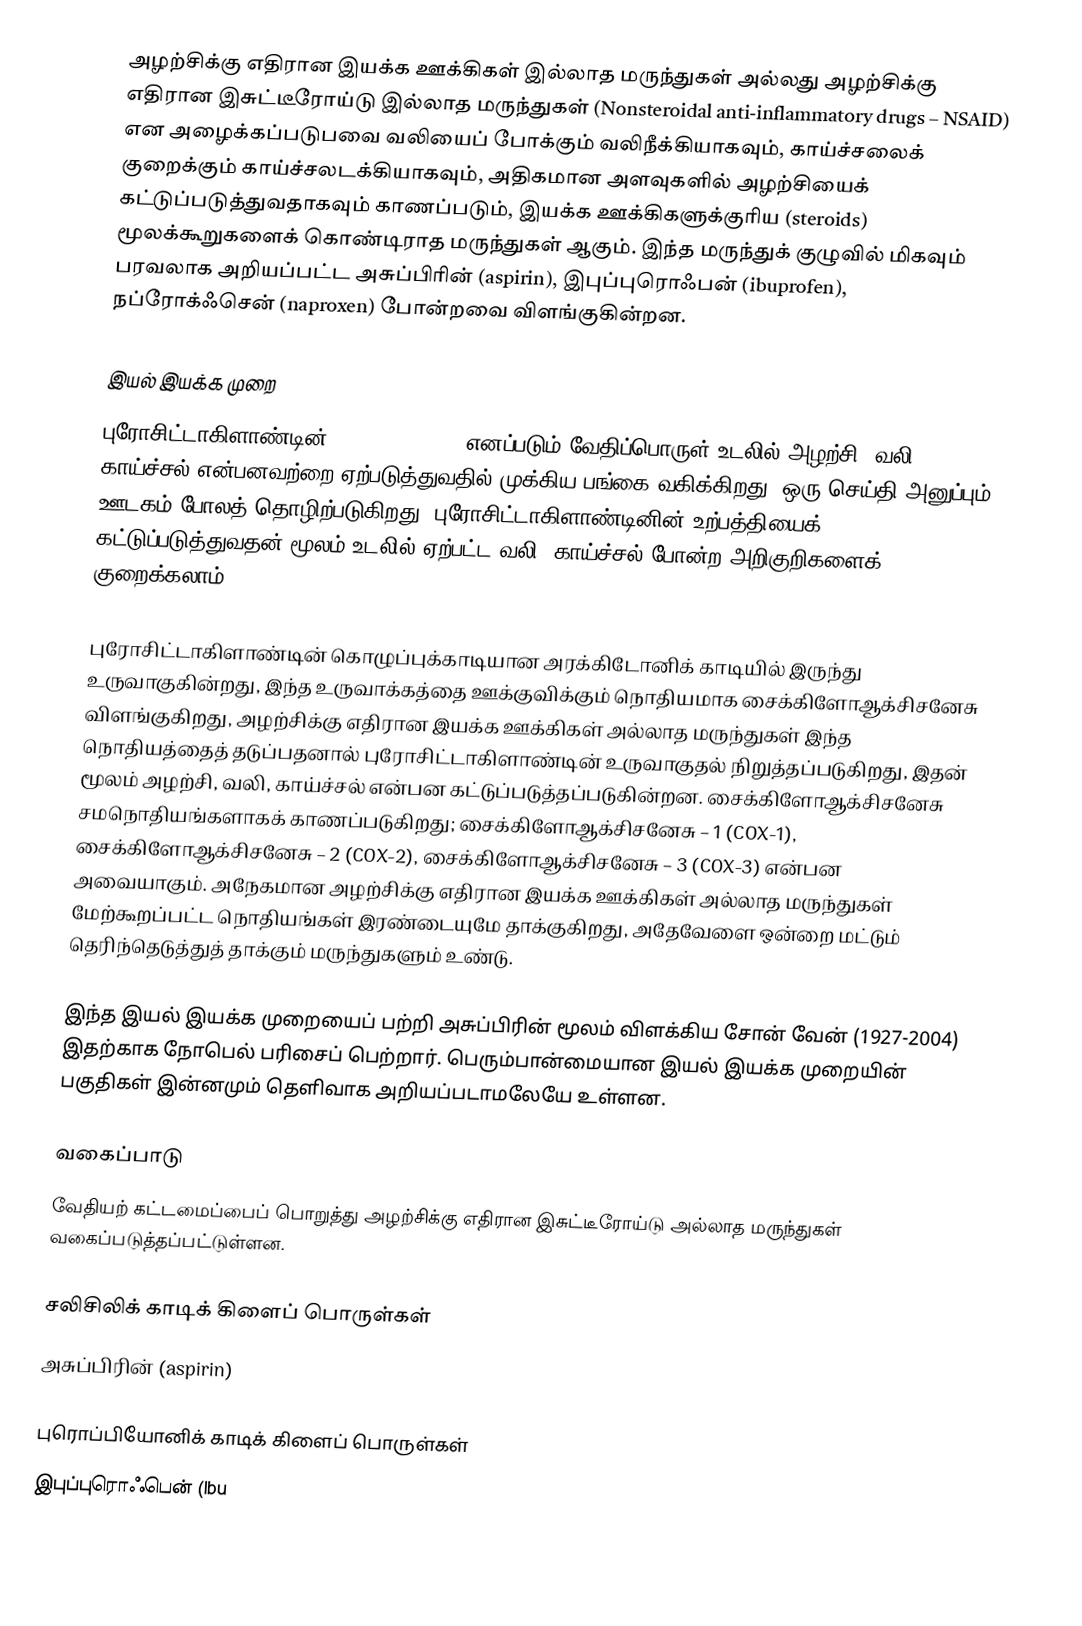
அழற்சிக்கு எதிரான இயக்க ஊக்கிகள் இல்லாத மருந்துகள் அல்லது அழற்சிக்கு எதிரான இசுட்டீரோய்டு இல்லாத மருந்துகள் (Nonsteroidal anti-inflammatory drugs – NSAID) என அழைக்கப்படுபவை வலியைப் போக்கும் வலிநீக்கியாகவும், காய்ச்சலைக் குறைக்கும் காய்ச்சலடக்கியாகவும், அதிகமான அளவுகளில் அழற்சியைக் கட்டுப்படுத்துவதாகவும் காணப்படும், இயக்க ஊக்கிகளுக்குரிய (steroids) மூலக்கூறுகளைக் கொண்டிராத மருந்துகள் ஆகும். இந்த மருந்துக் குழுவில் மிகவும் பரவலாக அறியப்பட்ட அசுப்பிரின் (aspirin), இபுப்புரொஃபன் (ibuprofen), நப்ரோக்ஃசென் (naproxen) போன்றவை விளங்குகின்றன.

இயல் இயக்க முறை
புரோசிட்டாகிளாண்டின் (prostaglandin) எனப்படும் வேதிப்பொருள் உடலில் அழற்சி, வலி, காய்ச்சல் என்பனவற்றை ஏற்படுத்துவதில் முக்கிய பங்கை வகிக்கிறது; ஒரு செய்தி அனுப்பும் ஊடகம் போலத் தொழிற்படுகிறது. புரோசிட்டாகிளாண்டினின் உற்பத்தியைக் கட்டுப்படுத்துவதன் மூலம் உடலில் ஏற்பட்ட வலி, காய்ச்சல் போன்ற அறிகுறிகளைக் குறைக்கலாம்.

புரோசிட்டாகிளாண்டின் கொழுப்புக்காடியான அரக்கிடோனிக் காடியில் இருந்து உருவாகுகின்றது, இந்த உருவாக்கத்தை ஊக்குவிக்கும் நொதியமாக சைக்கிளோஆக்சிசனேசு விளங்குகிறது, அழற்சிக்கு எதிரான இயக்க ஊக்கிகள் அல்லாத மருந்துகள் இந்த நொதியத்தைத் தடுப்பதனால் புரோசிட்டாகிளாண்டின் உருவாகுதல் நிறுத்தப்படுகிறது, இதன் மூலம் அழற்சி, வலி, காய்ச்சல் என்பன கட்டுப்படுத்தப்படுகின்றன. சைக்கிளோஆக்சிசனேசு சமநொதியங்களாகக் காணப்படுகிறது; சைக்கிளோஆக்சிசனேசு – 1 (COX-1), சைக்கிளோஆக்சிசனேசு – 2 (COX-2), சைக்கிளோஆக்சிசனேசு – 3 (COX-3) என்பன அவையாகும். அநேகமான அழற்சிக்கு எதிரான இயக்க ஊக்கிகள் அல்லாத மருந்துகள் மேற்கூறப்பட்ட நொதியங்கள் இரண்டையுமே தாக்குகிறது, அதேவேளை ஒன்றை மட்டும் தெரிந்தெடுத்துத் தாக்கும் மருந்துகளும் உண்டு.

இந்த இயல் இயக்க முறையைப் பற்றி அசுப்பிரின் மூலம் விளக்கிய சோன் வேன் (1927-2004) இதற்காக நோபெல் பரிசைப் பெற்றார். பெரும்பான்மையான இயல் இயக்க முறையின் பகுதிகள் இன்னமும் தெளிவாக அறியப்படாமலேயே உள்ளன.

வகைப்பாடு
வேதியற் கட்டமைப்பைப் பொறுத்து அழற்சிக்கு எதிரான இசுட்டீரோய்டு அல்லாத மருந்துகள் வகைப்படுத்தப்பட்டுள்ளன.

சலிசிலிக் காடிக் கிளைப் பொருள்கள்
அசுப்பிரின் (aspirin)

புரொப்பியோனிக் காடிக் கிளைப் பொருள்கள்
இபுப்புரொஃபென் (Ibu